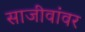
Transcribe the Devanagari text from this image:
साजीवांवर